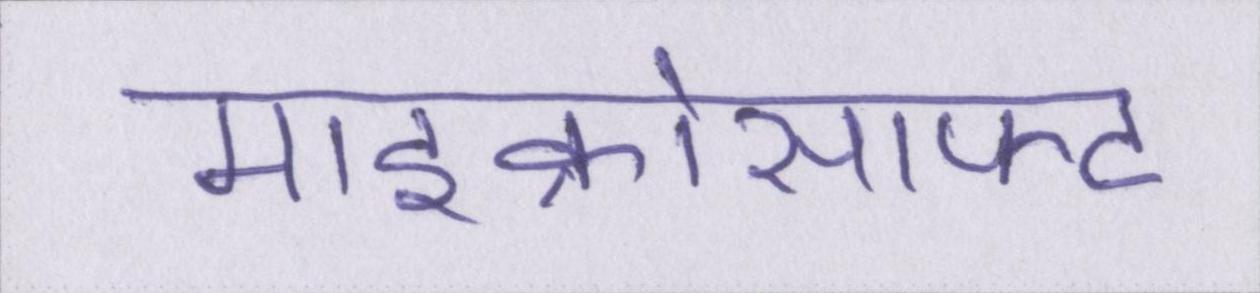
माइक्रोसाफ्ट